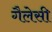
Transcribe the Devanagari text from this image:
गैलेसी